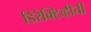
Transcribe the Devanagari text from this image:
डिरेक्टिव्हीची